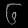
Digit: ၆